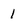
Character: 1